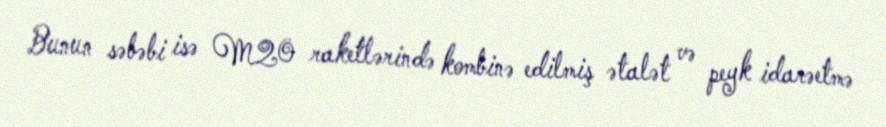
Bunun səbəbi isə M20 raketlərində kombinə edilmiş ətalət və peyk idarəetmə